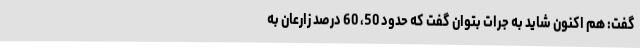
گفت: هم اکنون شاید به جرات بتوان گفت که حدود 50، 60 درصد زارعان به